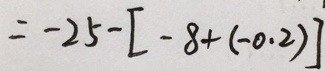
= - 2 5 - [ - 8 + ( - 0 . 2 ) ]